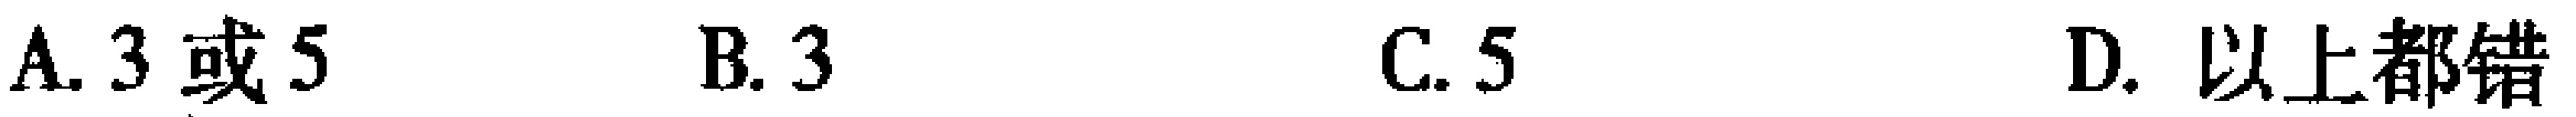
A. 3 或 5  B. 3  C. 5  D. 以上都错